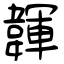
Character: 韗